Document type: Grant
Year: 1445
Scribe: Antoni Gomar
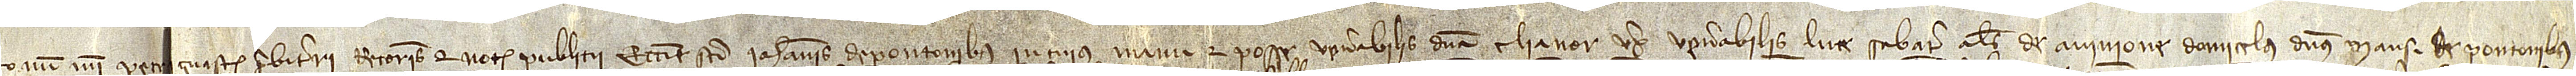
num mei Petri Guasch, presbiterii, rectoris et notarii publici ecclesie Sancti Iohannis de Pontonibus, in cuius manu et posse venerabilis domina Elianor, uxor venerabilis Luce Sabater, alias de Avinione, domicelus, dominus mansi de Pontonibus,